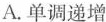
A.单调递增